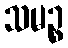
သမဉ္စ